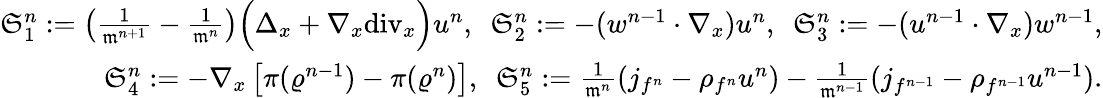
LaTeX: \begin{array}{r}{\mathfrak{S}_{1}^{n}:=\left(\frac{1}{\mathfrak{m}^{n+1}}-\frac{1}{\mathfrak{m}^{n}}\right)\Big(\Delta_{x}+\nabla_{x}\mathrm{div}_{x}\Big)u^{n},\ \ \mathfrak{S}_{2}^{n}:=-(w^{n-1}\cdot\nabla_{x})u^{n},\ \ \mathfrak{S}_{3}^{n}:=-(u^{n-1}\cdot\nabla_{x})w^{n-1},}\\ {\mathfrak{S}_{4}^{n}:=-\nabla_{x}\left[\pi(\varrho^{n-1})-\pi(\varrho^{n})\right],\ \ \mathfrak{S}_{5}^{n}:=\frac{1}{\mathfrak{m}^{n}}(j_{f^{n}}-\rho_{f^{n}}u^{n})-\frac{1}{\mathfrak{m}^{n-1}}(j_{f^{n-1}}-\rho_{f^{n-1}}u^{n-1}).}\end{array}